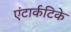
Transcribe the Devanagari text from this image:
एंटार्कटिके